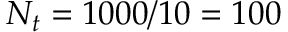
N _ { t } = 1 0 0 0 / 1 0 = 1 0 0